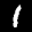
Label: 1